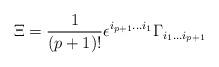
LaTeX: \begin{align*}\Xi = {1\over (p+1)!}\epsilon^{i_{p+1}\dots i_1}\Gamma_{i_1\dots i_{p+1}}\end{align*}